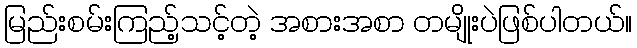
မြည်းစမ်းကြည့်သင့်တဲ့ အစားအစာ တမျိုးပဲဖြစ်ပါတယ်။